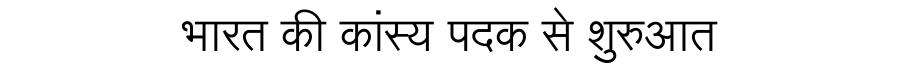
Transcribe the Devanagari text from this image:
भारत की कांस्य पदक से शुरुआत